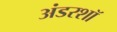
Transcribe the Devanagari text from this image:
अंडरशॉ